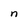
Character: n